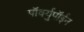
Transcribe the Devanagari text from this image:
पॉर्क्युपॉईन